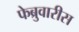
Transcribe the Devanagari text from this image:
फेब्रुवारीस